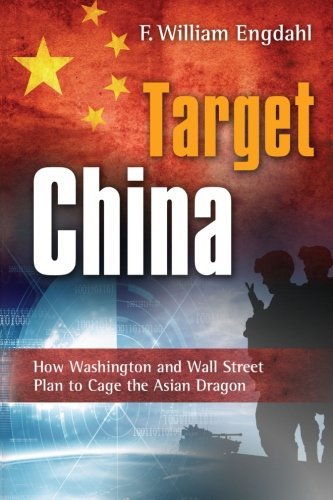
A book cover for Target: China: How Washington and Wall Street Plan to Cage the Asian Dragon; F William Engdahl; History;